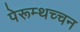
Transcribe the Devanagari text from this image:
पेरूम्थच्चन